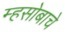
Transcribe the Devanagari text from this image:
म्हसोबाचे